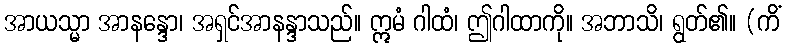
အာယသ္မာ အာနန္ဒော၊ အရှင်အာနန္ဒာသည်။ ဣမံ ဂါထံ၊ ဤဂါထာကို။ အဘာသိ၊ ရွတ်၏။ (ကိံ